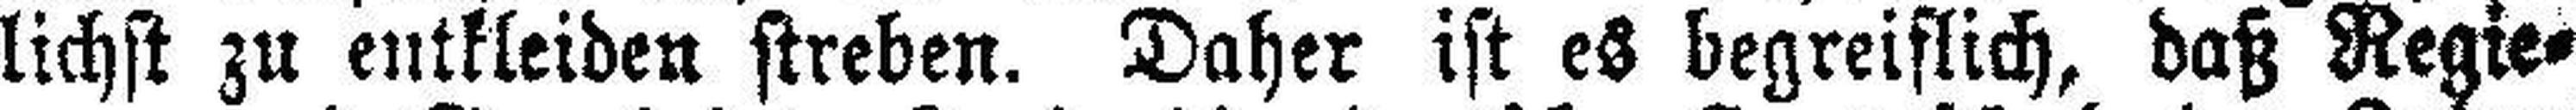
lichst zu entkleiden streben. Daher ist es begreiflich, daß Regie¬